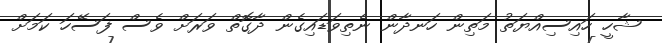
ޝާހީ ހައިސިއްޔަތު މަތިން ހަނދާން ނެތިވަޑައިގެން ދާގޮތް ވަރަށް ވެސް ފަސޭހަ ކަމަށް